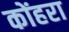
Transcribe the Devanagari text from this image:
कोंहरा